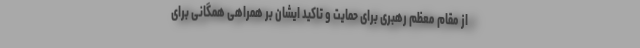
از مقام معظم رهبری برای حمایت و تاکید ایشان بر همراهی همگانی برای